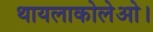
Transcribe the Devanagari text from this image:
थायलाकोलेओ।